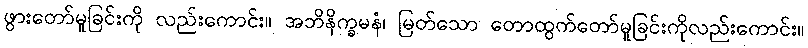
ဖွားတော်မူခြင်းကို လည်းကောင်း။ အဘိနိက္ခမနံ၊ မြတ်သော တောထွက်တော်မူခြင်းကိုလည်းကောင်း။